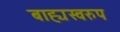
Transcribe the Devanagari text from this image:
बाह्यस्वरुप